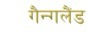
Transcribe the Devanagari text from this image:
गैन्गलैंड